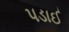
પડાઈ